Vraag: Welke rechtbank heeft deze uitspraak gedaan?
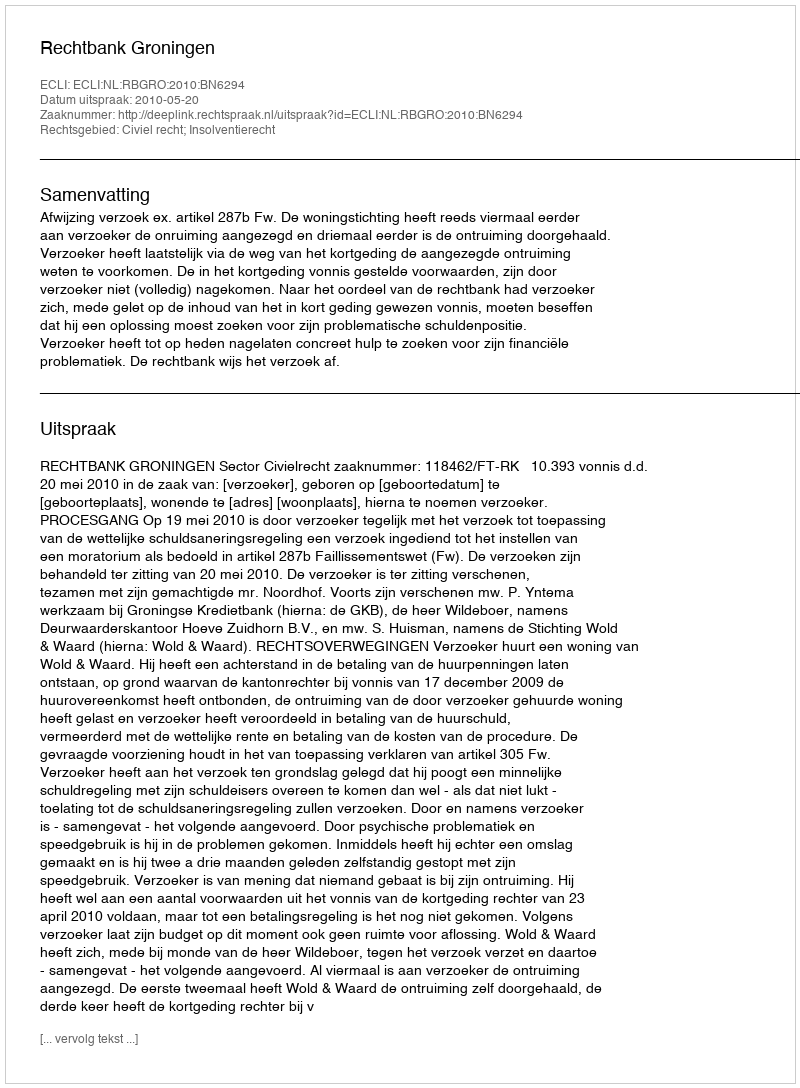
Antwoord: Rechtbank Groningen